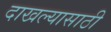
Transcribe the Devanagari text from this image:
दाखल्यासाठी